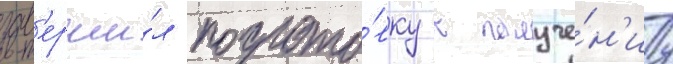
зав'ерши́л подгото́вку к получе́н'иу